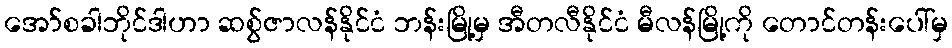
အော်စခါဘိုင်ဒါဟာ ဆစွ်ဇာလန်နိုင်ငံ ဘန်းမြို့မှ အီတလီနိုင်ငံ မီလန်မြို့ကို တောင်တန်းပေါ်မှ